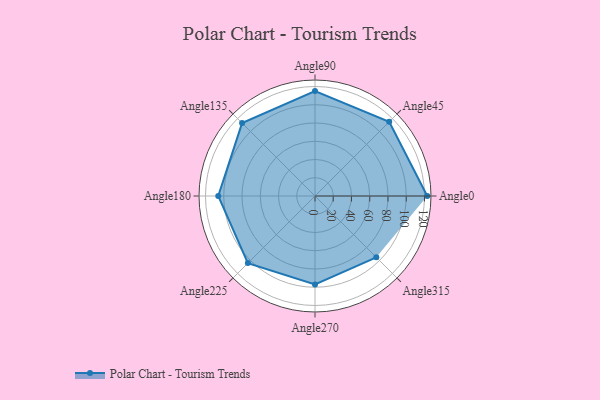
{"axis": {"x": "Angle", "y": "Radius"}, "legend": [""], "data": [{"x": "Angle0", "y": 123.0, "type": ""}, {"x": "Angle45", "y": 115.0, "type": ""}, {"x": "Angle90", "y": 115.0, "type": ""}, {"x": "Angle135", "y": 113.0, "type": ""}, {"x": "Angle180", "y": 106.0, "type": ""}, {"x": "Angle225", "y": 104.0, "type": ""}, {"x": "Angle270", "y": 97.0, "type": ""}, {"x": "Angle315", "y": 95.0, "type": ""}]}